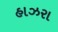
હાઝરા